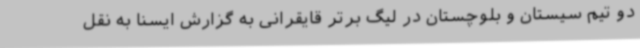
دو تیم سیستان و بلوچستان در لیگ برتر قایقرانی به گزارش ایسنا به نقل